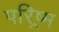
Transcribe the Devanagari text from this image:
परिष्र्म